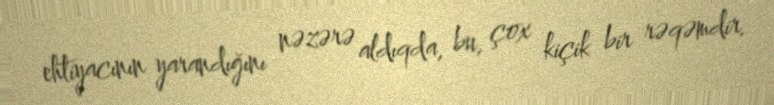
ehtiyacının yarandığını nəzərə aldıqda, bu, çox kiçik bir rəqəmdir.